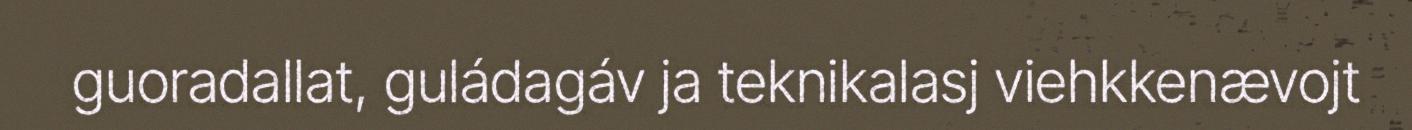
guoradallat, guládagáv ja teknikalasj viehkkenævojt